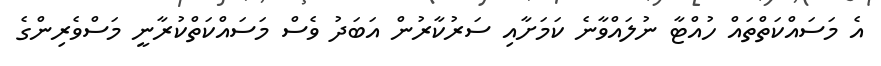
އެ މަސައްކަތްތައް ހުއްޓާ ނުލައްވާނެ ކަމަށާއި ސަރުކާރުން އަބަދު ވެސް މަސައްކަތްކުރާނީ މަސްވެރިންގެ